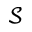
\mathcal { S }